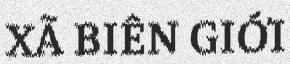
XÃ BIÊN GIỚI